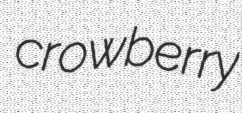
crowberry